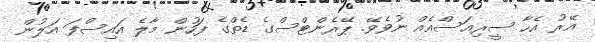
އޭރު އެހާ ސީރިއަސްއެއް ނުވެވޭ. ޕޭރެންޓްސްގެ ޑެތްގެ ފަހުން މާލެ އައިސްފަ އަލުން